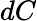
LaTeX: dC